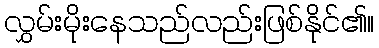
လွှမ်းမိုးနေသည်လည်းဖြစ်နိုင်၏။